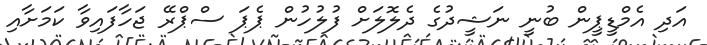
އަދި އެމްޑީޕީން ބުނީ ނަޝީދުގެ ދެލޮލަށް ފުލުހުން ޕެޕަ ސްޕްރޭ ޖަހާފައިވާ ކަމަށާއި